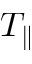
T _ { \parallel }